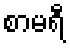
စာမရီ